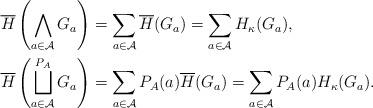
LaTeX: \begin{align*} & \overline{H}\left(\bigwedge_{a \in \mathcal{A}} G_a \right) = \sum_{a \in \mathcal{A}} \overline{H}(G_a) = \sum_{a \in \mathcal{A}} H_\kappa(G_a), \\ & \overline{H}\left(\bigsqcup_{a \in \mathcal{A}}^{P_A} G_a \right) = \sum_{a \in \mathcal{A}} P_A(a) \overline{H}(G_a) = \sum_{a \in \mathcal{A}} P_A(a) H_\kappa(G_a). \end{align*}